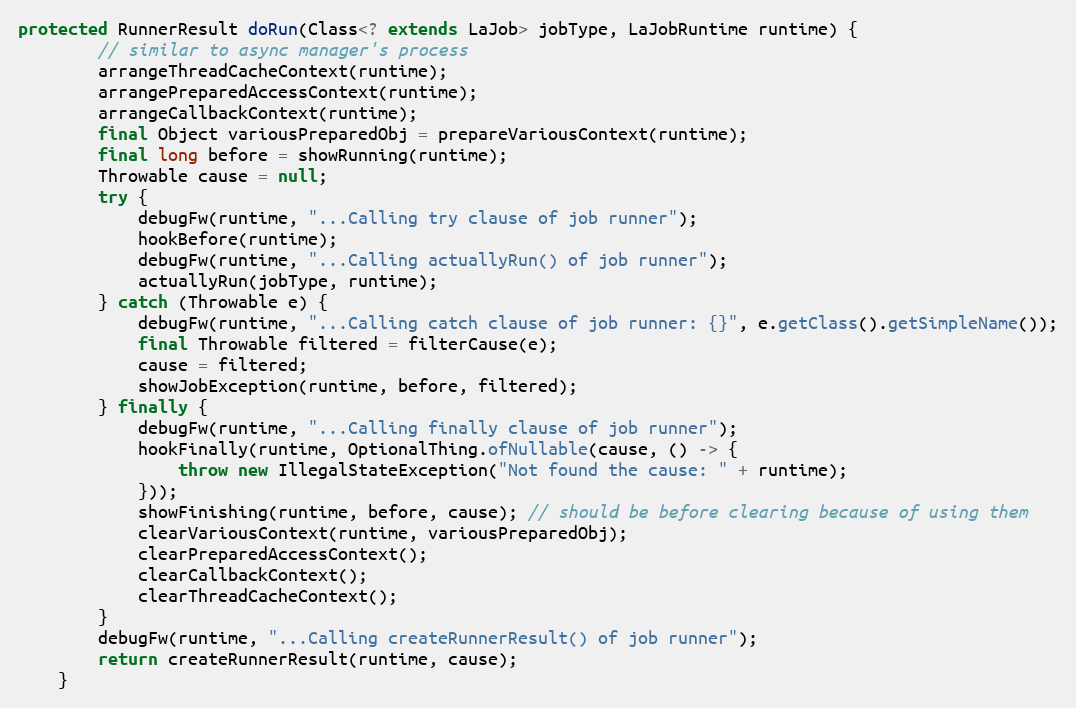
Language: Java
protected RunnerResult doRun(Class<? extends LaJob> jobType, LaJobRuntime runtime) {
        // similar to async manager's process
        arrangeThreadCacheContext(runtime);
        arrangePreparedAccessContext(runtime);
        arrangeCallbackContext(runtime);
        final Object variousPreparedObj = prepareVariousContext(runtime);
        final long before = showRunning(runtime);
        Throwable cause = null;
        try {
            debugFw(runtime, "...Calling try clause of job runner");
            hookBefore(runtime);
            debugFw(runtime, "...Calling actuallyRun() of job runner");
            actuallyRun(jobType, runtime);
        } catch (Throwable e) {
            debugFw(runtime, "...Calling catch clause of job runner: {}", e.getClass().getSimpleName());
            final Throwable filtered = filterCause(e);
            cause = filtered;
            showJobException(runtime, before, filtered);
        } finally {
            debugFw(runtime, "...Calling finally clause of job runner");
            hookFinally(runtime, OptionalThing.ofNullable(cause, () -> {
                throw new IllegalStateException("Not found the cause: " + runtime);
            }));
            showFinishing(runtime, before, cause); // should be before clearing because of using them
            clearVariousContext(runtime, variousPreparedObj);
            clearPreparedAccessContext();
            clearCallbackContext();
            clearThreadCacheContext();
        }
        debugFw(runtime, "...Calling createRunnerResult() of job runner");
        return createRunnerResult(runtime, cause);
    }